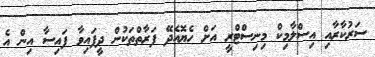
ސަރުކާރާއި އިސްލާމިކް މިނިސްޓްރީ އަށް ހެޔޮއެދޭ ފަރާތްތަކުން ދީފައިވާ ފައިސާ އިން އެ